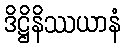
ဒိဋ္ဌိနိဿယာနံ